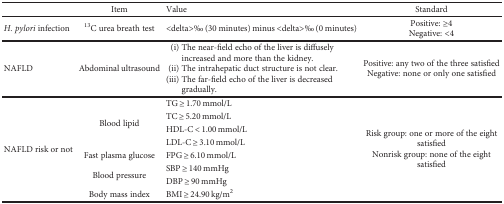
<table><thead><tr><td></td><td><b>Item</b></td><td><b>Value</b></td><td><b>Standard</b></td></tr></thead><tbody><tr><td><i>H. pylori</i> infection</td><td><sup>13</sup>C urea breath test</td><td>&lt;delta&gt;‰ (30 minutes) minus &lt;delta&gt;‰ (0 minutes)</td><td>Positive: ≥4Negative: &lt;4</td></tr><tr><td>NAFLD</td><td>Abdominal ultrasound</td><td>(i) The near-field echo of the liver is diffusely increased and more than the kidney.(ii) The intrahepatic duct structure is not clear.(iii) The far-field echo of the liver is decreased gradually.</td><td>Positive: any two of the three satisfiedNegative: none or only one satisfied</td></tr><tr><td rowspan="8">NAFLD risk or not</td><td rowspan="4">Blood lipid</td><td>TG ≥ 1.70 mmol/L</td><td rowspan="8">Risk group: one or more of the eight satisfiedNonrisk group: none of the eight satisfied</td></tr><tr><td>TC ≥ 5.20 mmol/L</td></tr><tr><td>HDL-C &lt; 1.00 mmol/L</td></tr><tr><td>LDL-C ≥ 3.10 mmol/L</td></tr><tr><td>Fast plasma glucose</td><td>FPG ≥ 6.10 mmol/L</td></tr><tr><td rowspan="2">Blood pressure</td><td>SBP ≥ 140 mmHg</td></tr><tr><td>DBP ≥ 90 mmHg</td></tr><tr><td>Body mass index</td><td>BMI ≥ 24.90 kg/m<sup>2</sup></td></tr></tbody></table>